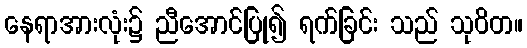
နေရာအားလုံး၌ ညီအောင်ပြု၍ ရက်ခြင်း သည် သုဝိတ။